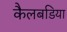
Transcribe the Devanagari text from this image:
कैलबडिया